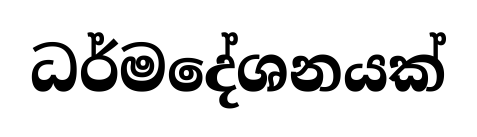
ධර්මදේශනයක්